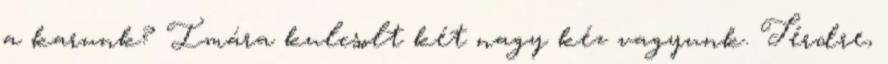
a karunk? Imára kulcsolt két nagy kéz vagyunk. Térdre,